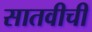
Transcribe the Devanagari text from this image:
सातवीची